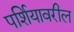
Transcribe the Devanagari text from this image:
पर्शियावरील